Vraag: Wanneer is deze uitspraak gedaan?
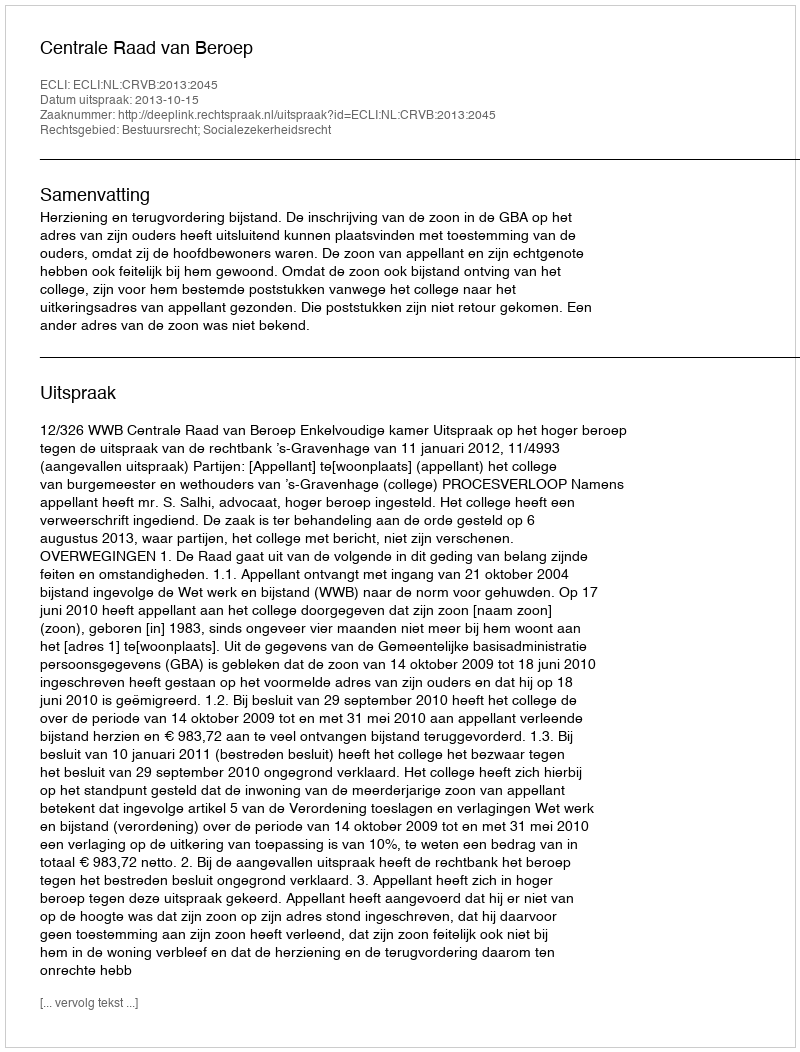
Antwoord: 2013-10-15